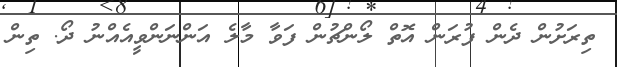
ތިރަށުން ދެން ފުރަން އޮތް ލޯންޗުން ފަވާ މާލެ އަންނަންވީއެއްނު ދޯ. ތިން